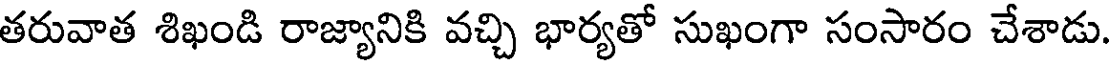
తరువాత శిఖండి రాజ్యానికి వచ్చి భార్యతో సుఖంగా సంసారం చేశాడు.